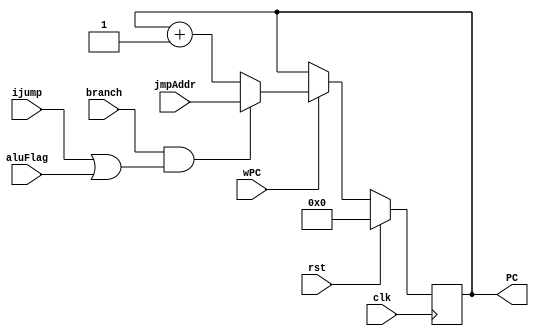
// This program was cloned from: https://github.com/adumont/hrm-cpu
// License: GNU General Public License v3.0

`default_nettype none

module PC (
        input clk,              // clock
        input rst,              // active high reset
        input [7:0] jmpAddr,    // jump destination Addr
        // control signals
        input branch,
        input ijump,
        input aluFlag,
        input wPC,
        // output: register value
        output reg [7:0] PC
    );

    initial PC = 8'h00;

    always @(posedge clk) begin
        if(rst)
            PC <= 8'h00;
        else if(wPC) begin
            if( branch && ( ijump || aluFlag ) ) 
                PC <= jmpAddr;
            else 
                PC <= PC + 1;
        end
        else
            PC <= PC;
    end


    `ifdef FORMAL
        reg f_past_valid = 0;

	rand reg [7:0] monitor_addr;

        // assume startup in reset
        always @(posedge clk) begin
            f_past_valid <= 1;
            if(f_past_valid == 0)
                assume(rst);

            // cover we can reach any addr
            cover( $past(PC)!=0 && PC==8'h0A && $past(PC) != PC);

        end
    `endif

endmodule